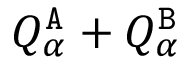
{ Q } _ { \alpha } ^ { { \tt A } } + { Q } _ { \alpha } ^ { { \tt B } }